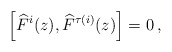
\begin{align*}\left[ \widehat{F}^{i}(z),\widehat{F}^{\tau (i)}(z)\right] =0\, ,\end{align*}